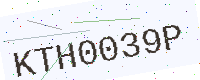
Text: KTH0039P